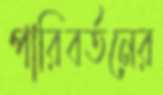
পারিবর্তনের